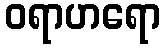
ဝရာဟရော